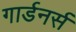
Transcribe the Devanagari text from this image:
गार्डनर्स